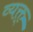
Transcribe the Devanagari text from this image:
व्यक्त्